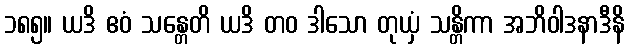
၁၈၅။ ယဒိ ဧဝံ သန္တေတိ ယဒိ တဝ ဒါသော တုယှံ သန္တိကာ အဘိဝါဒနာဒီနိ